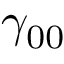
\gamma _ { 0 0 }